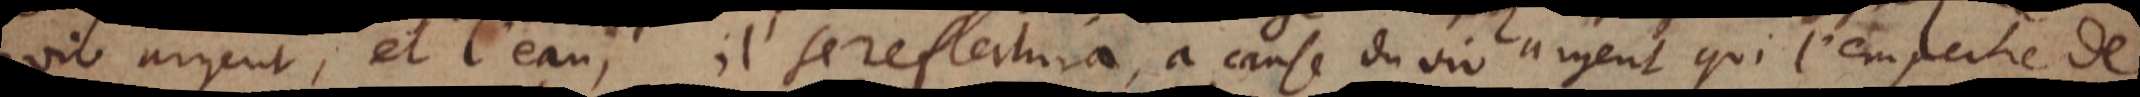
vif argent, et l’eau, il se reflechira, à cause du vif argent qui l’empeche de